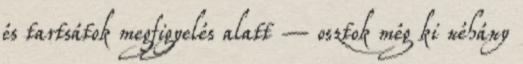
és tartsátok megfigyelés alatt – osztok még ki néhány